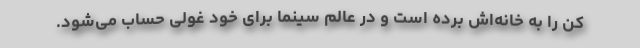
کن را به خانه‌اش برده است و در عالم سینما برای خود غولی حساب می‌شود.